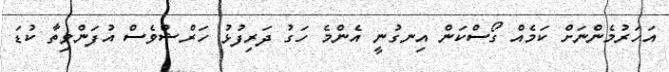
އަހަރުމެންނަށް ކަމެއް ގޯސްކަން އިނގުނީ އެންމެ ހަގު ދަރިފުޅު ހަރްޝްވެސް އުފަންވިތާ ކުޑަ